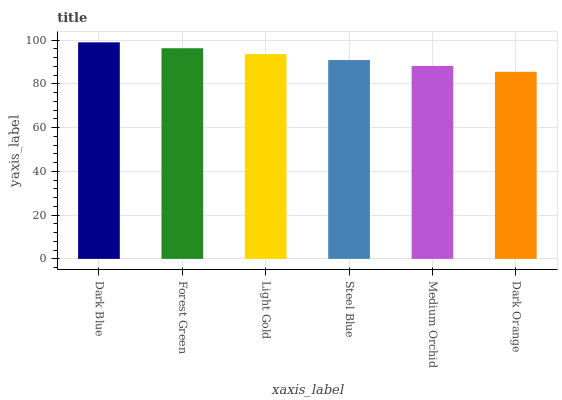
| xaxis_label | bars |
 | --- | --- |
 | Dark Blue | 99 |
 | Forest Green | 96.3 |
 | Light Gold | 93.6 |
 | Steel Blue | 90.9 |
 | Medium Orchid | 88.2 |
 | Dark Orange | 85.5 |